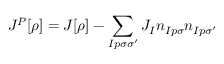
J ^ { P } [ \rho ] = J [ \rho ] - \sum _ { I p \sigma \sigma ^ { \prime } } J _ { I } n _ { I p \sigma } n _ { I p \sigma ^ { \prime } }